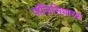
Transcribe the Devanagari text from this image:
पॉलिसिधारक